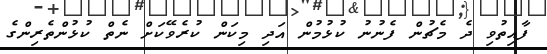
ފާއިތުވި ދެ މެޗުން ފެނުނު ކުޅުމުން އަދި މިކަން ކުރެވޭކަށް ނެތް ކުޅުންތެރިންގެ